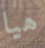
هيا